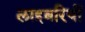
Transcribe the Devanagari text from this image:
लाइब्ररियों